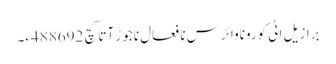
برازیل اٹی کوروناوائرس نا فعال ناجوڑ آتا کچ 488692ءِ۔